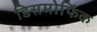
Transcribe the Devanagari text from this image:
डिसमोर्फिक